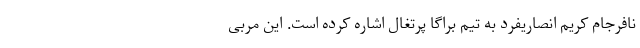
نافرجام کریم انصاریفرد به تیم براگا پرتغال اشاره کرده است. این مربی